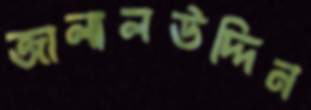
জালালউদ্দিন